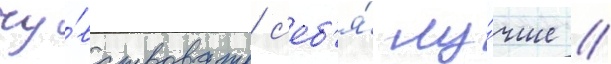
чу́вствовать с'еб'я́ лу́чше //